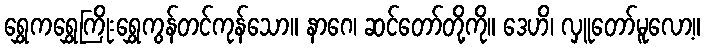
ရွှေကရွှေကြိုးရွှေကွန်တင်ကုန်သော။ နာဂေ၊ ဆင်တော်တို့ကို။ ဒေဟိ၊ လှူတော်မူလော့။